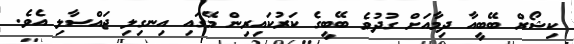
ކިޝޯރް ބޭބީއާ ދިމާއަށް ގުދުވެ ބޭބީގެ ކަރުކައިރިން މޭގައި އިނގިލި ޖައްސާލި އެވެ.